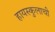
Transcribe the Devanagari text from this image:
हायस्कुलाची